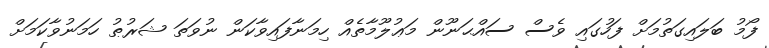
ފޯމު ބަލައިގަތުމަށް ފަހުގައި ވެސް ސައްޙަނޫން މަޢުލޫމާތެއް ހިމަނާފައިވާކަން ނުވަތަ ޝަރުޠު ހަމަނުވާކަމަށް